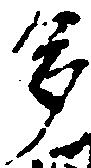
多